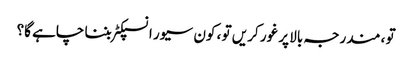
تو ، مندرجہ بالا پر غور کریں تو ، کون سیور انسپکٹر بننا چاہے گا؟